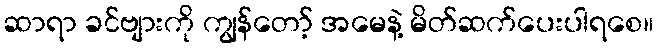
ဆာရာ ခင်ဗျားကို ကျွန်တော့် အမေနဲ့ မိတ်ဆက်ပေးပါရစေ။